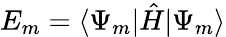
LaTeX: E_{m}=\langle\Psi_{m}|{\hat{H}}|\Psi_{m}\rangle